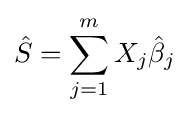
{\hat {S}}=\sum _{j=1}^{m}X_{j}{\hat {\beta }}_{j}